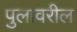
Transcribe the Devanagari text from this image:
पुलावरील